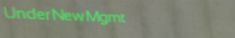
UnderNewMgmt